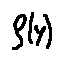
f ( y )